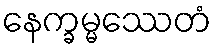
နေက္ခမ္မဿေတံ